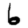
Digit: 6